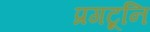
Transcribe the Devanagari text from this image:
प्रगटूनि